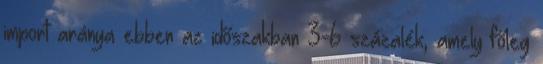
import aránya ebben az időszakban 3-6 százalék, amely főleg